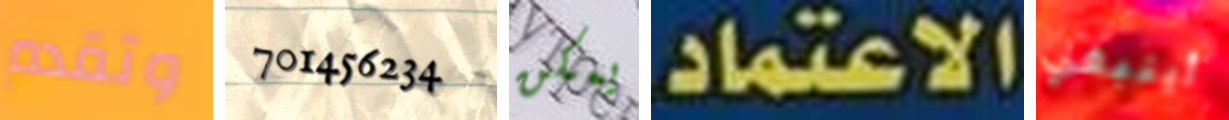
وتقدم 701456234 يمكن الاعتماد. أينبغي